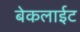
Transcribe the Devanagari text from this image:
बेकलाईट